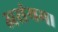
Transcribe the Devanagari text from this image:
असंयम।